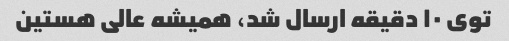
توی ١٠ دقیقه ارسال شد، همیشه عالی هستین